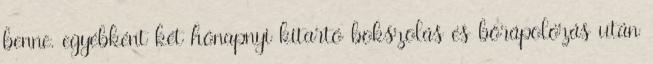
benne. egyébként két hónapnyi kitartó bokszolás és bőrápolózás után